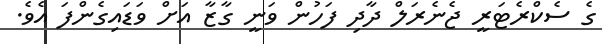
ގެ ސެކްރެޓަރީ ޖެނެރަލް ދާދި ފަހުން ވަނީ ގާޒާ އަށް ވަޑައިގެންފަ އެވެ.